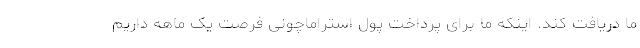
ما دریافت کند. اینکه ما برای پرداخت پول استراماچونی فرصت یک ماهه داریم